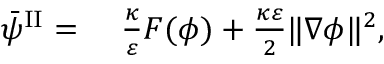
\begin{array} { r l } { \bar { \psi } ^ { \mathrm { I I } } = } & { { } ~ \frac { \kappa } { \varepsilon } F ( \phi ) + \frac { \kappa \varepsilon } { 2 } \| \nabla \phi \| ^ { 2 } , } \end{array}